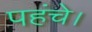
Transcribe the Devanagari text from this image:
पहंचे।